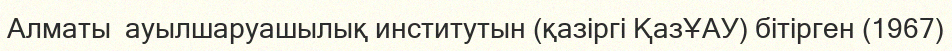
Алматы  ауылшаруашылық институтын (қазіргі ҚазҰАУ) бітірген (1967)